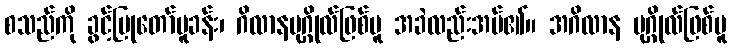
စသည်ကို ခွင့်ပြုတော်မူခန်း၊ ဂိလာနပုဂ္ဂိုလ်ဖြစ်မူ အခဲလည်းအပ်၏။ အဂိလာန ပုဂ္ဂိုလ်ဖြစ်မူ